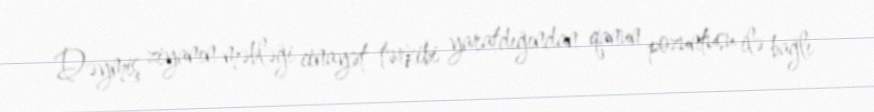
Dəymiş ziyanın məbləği cinayət tərkibi yaratdığından qanun pozuntusu ilə bağlı